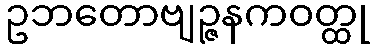
ဥဘတောဗျဉ္ဇနကဝတ္ထု